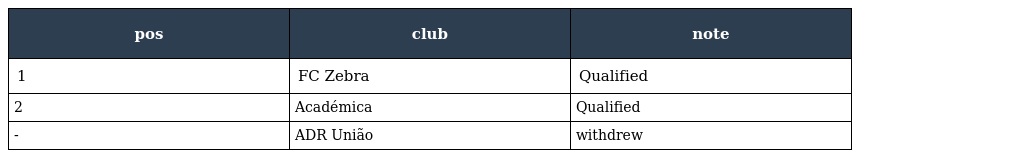
| pos | club | note |
 | --- | --- | --- |
 | 1 | FC Zebra | Qualified |
 | 2 | Académica | Qualified |
 | - | ADR União | withdrew |